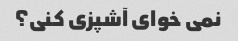
نمی خوای آشپزی کنی؟